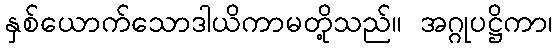
နှစ်ယောက်သောဒါယိကာမတို့သည်။ အဂ္ဂုပဋ္ဌိကာ၊